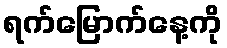
ရက်မြောက်နေ့ကို